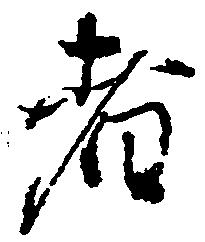
者